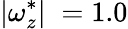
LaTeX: |\omega_{z}^{*}|\; =1.0